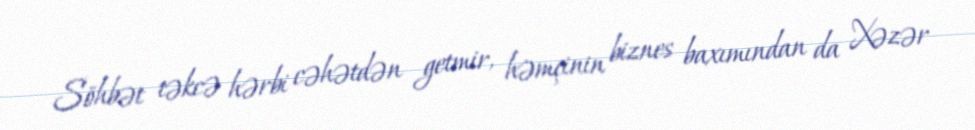
Söhbət təkcə hərbi cəhətdən getmir, həmçinin biznes baxımından da Xəzər